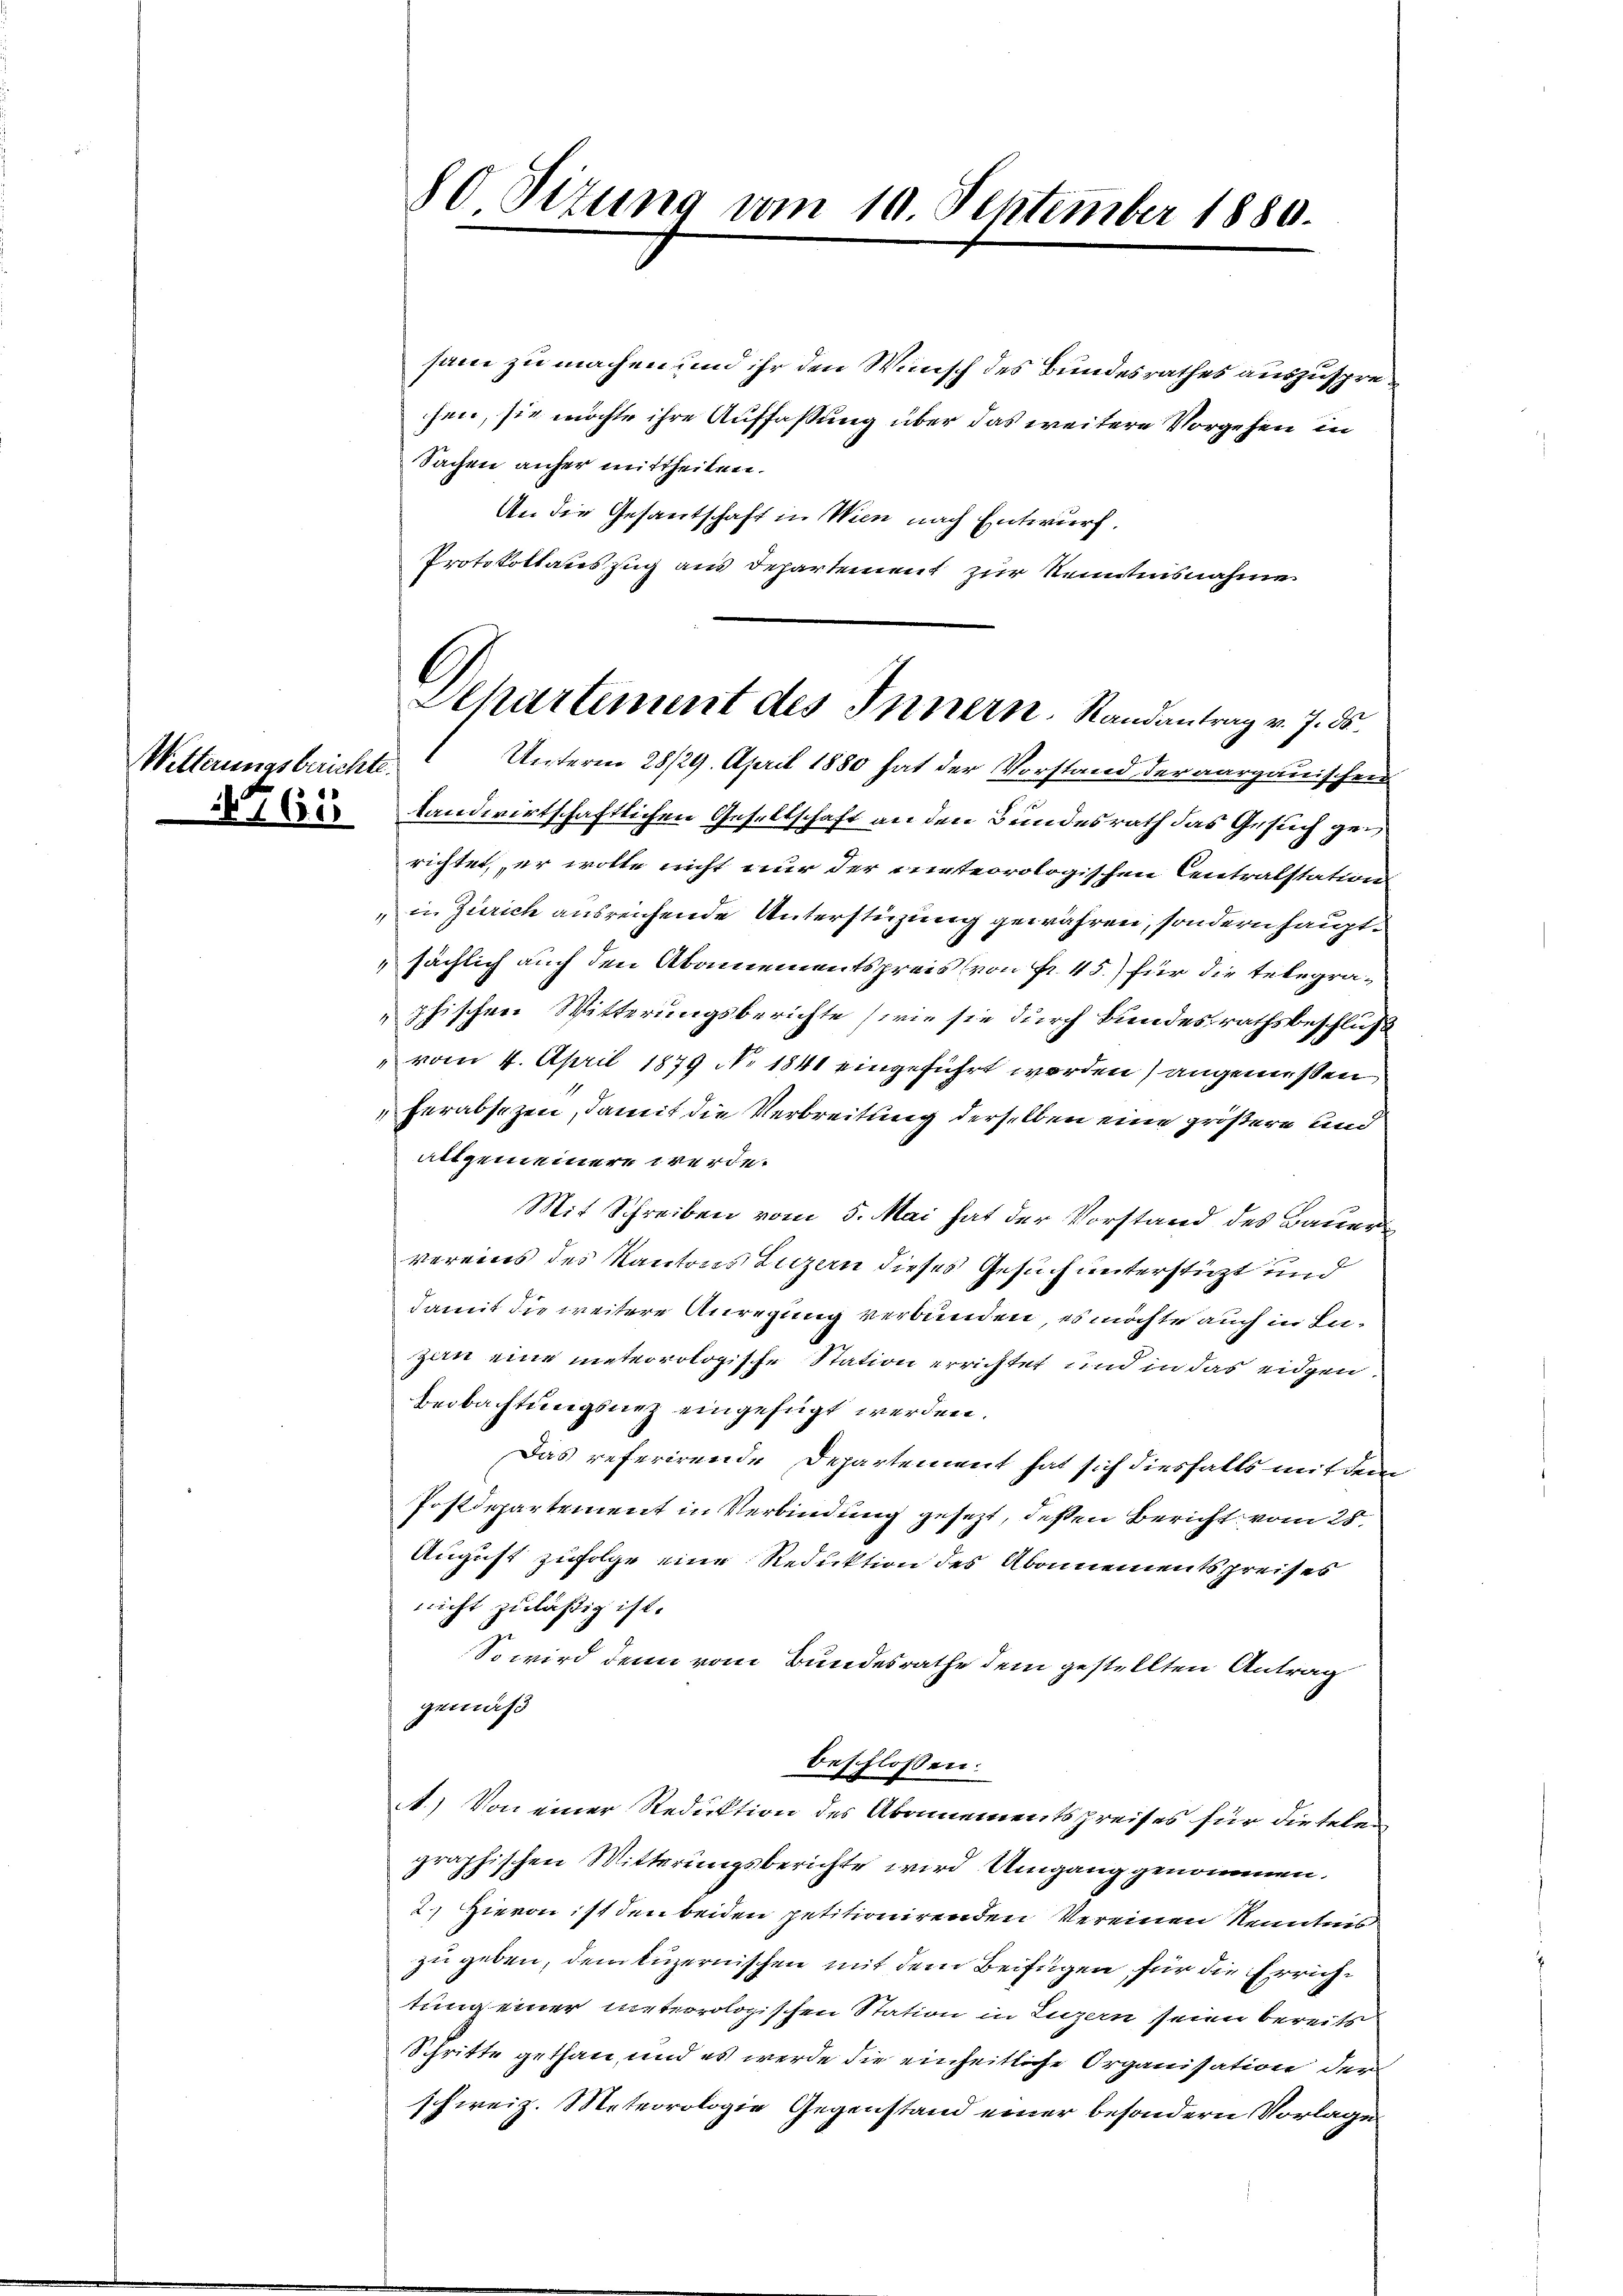
Wetterungsberichte.
1768

80 Sizung vom 10. September 1880.

sam zu machen und ihr den Wunsch des Bundesrathes auszusprehen, sie möchte ihre Auffassung über das weitere Vorgehen in
Sachen anher mittheilen.
An die Gesantschaft in Wien nach Entwurf.
Protokollauszug aus Departement zur Kenntnisnahme
landwirtschaftlichen Gesellschaft an den Bundesrath das Gesuch gerichtet, er wolle nicht nur der mirterrologischen Centralstation
„in Zürich ausreichende Unterstüzung gewähren, sondern hauptsächlich auch den Abamementspreis (von Fr. 45) für die telegraphischen Witterungsberichte (wie sie durch Bundesrathsbeschluß
" vom 4. April 1879 No 1841 eingeführt worden) angemeßen
herabsezen, damit die Verbreitung derselben eine größere und
altgemeinere werde.
Mit Schreiben vom 5. Mai hat der Vorstand des Bauer
vereins des Kantons Luzern dieses Gesuch unterstüzt und
damit die weitere Anregung verbunden, es möchte auch in Luzin eine meteorologische Station errichtet und in das eidgen.
Beobachtungsnez eingefügt werden.
Das referirende Departement hat sich diesfalls mit dem
Postdepartement in Verbindung gesezt, dessen Bericht vom 28.
August zufolge eine Reduktion des Abonnementspreises
nicht zuläßig ist.
So wird denn vom Bundesrathe dem gestellten Antrag
gemäß
beschlossen:
) Von einer Reduktion des Abonnementspreises für dieselen
graphischen Witterungsberichte wird Umgang genommen.
2.) Hievon ist den beiden petitionirenden Vereinen Kenntnis
zu geben, dem luzernischen mit dem Beifügen für die Errichtung einer meteorologischen Station in Luzern seien bereits
Schritte gethan und es werde die einheitliche Organisation der
schweiz. Meteorologie Gegenstand einer besondern Vorlage

Departement des Innern. Randantrag v. 7. ds.
 Unterm 28/29. April 1880 hat der Vorstand der aargauischen